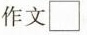
作文□